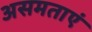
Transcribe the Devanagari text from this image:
असमताएं